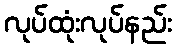
လုပ်ထုံးလုပ်နည်း